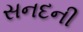
સનદની